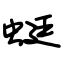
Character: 蜓